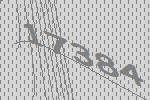
17384